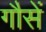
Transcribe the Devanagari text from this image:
गौसें